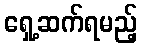
ရှေ့ဆက်ရမည့်